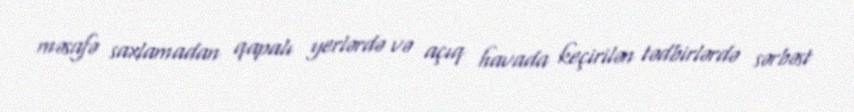
məsafə saxlamadan qapalı yerlərdə və açıq havada keçirilən tədbirlərdə sərbəst